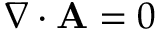
\nabla \cdot \mathbf { A } = 0